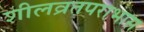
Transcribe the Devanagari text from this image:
शीलव्रतपराभास